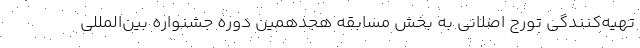
تهیه‌کنندگی تورج اصلانی به بخش مسابقه هجدهمین دوره جشنواره بین‌المللی